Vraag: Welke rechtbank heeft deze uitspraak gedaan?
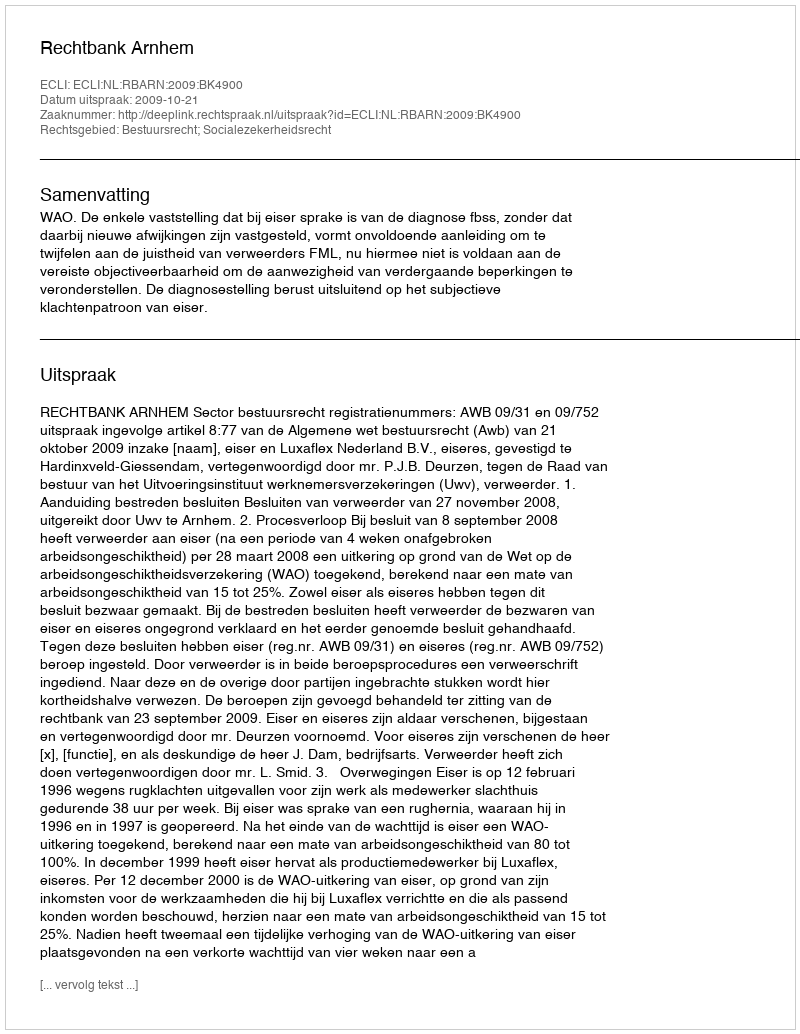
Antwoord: Rechtbank Arnhem